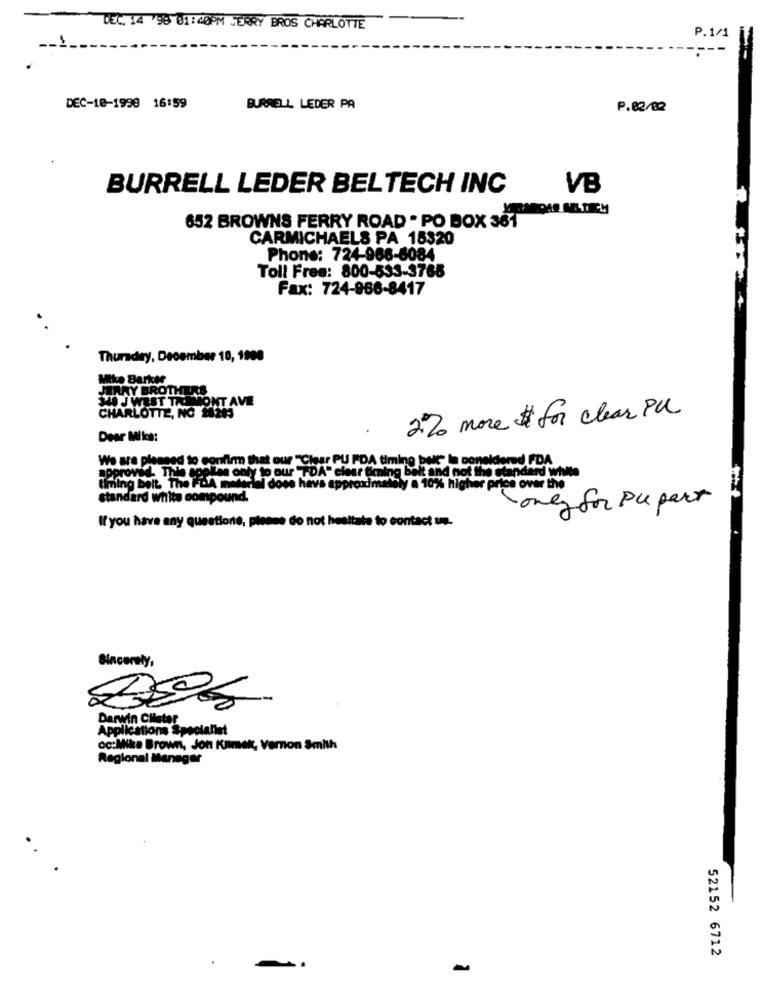
DEC. 14 98 01:40PM JERRY BROS CHARLOTTE
P.1/1
DEC-10-1999 16:59
BURRELL LEDER PA
P.02/82
BURRELL LEDER BELTECH INC
VB
652 BROWNS FERRY ROAD . PO BOX 361
CARMICHAELS PA 15320
Phone: 724-966-6084
Toll Free: 800-533-3765
Fax: 724-966-8417
Thursday, December 10, 1900
Mike Barker
340 J WEST TREMONT AVIE
JAARY BROTHERS
CHARLOTTE, NC 28243
2% more $ for clear Pul
Dear Miks:
We are pleased to confirm that our "Clear PU PDA timing belt" In coneldemed FDA
approved. This applies only to our "TDA" clear timing belt and not the standard white
timing belt. The FDA material dowe have approximately a 10% higher price over the
standard whits compound.
-only for Pu pert
If you have any questions, please do not hesitate to contact un.
Sincerely,
Darwin Clister
Applications Specialist
c:Mike Brown, Jon Kilmek, Vernon Smith
Regional Manager
52152 6712